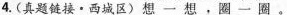
4.(真题链接·西城区)想一想，圈一圈。